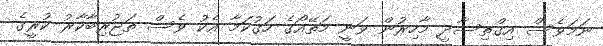
ނަމަވެސް އިގްތިސާދީ މާހިރުން ވަނީ މަތޭއޯގެ ހަގުކަމާ އެކު ވެސް ތަޖުރިބާކާރު ކުރީގެ